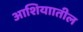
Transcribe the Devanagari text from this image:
आशियाातील